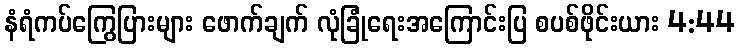
နံရံကပ်ကြွေပြားများ ဖောက်ချက် လုံခြုံရေးအကြောင်းပြ စပစ်ဖိုင်းယား 4:44